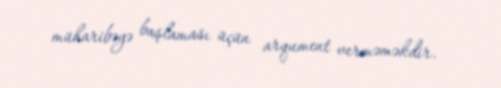
müharibəyə başlaması üçün arqument verməməkdir.